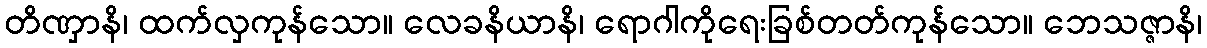
တိဏှာနိ၊ ထက်လှကုန်သော။ လေခနိယာနိ၊ ရောဂါကိုရေးခြစ်တတ်ကုန်သော။ ဘေသဇ္ဇာနိ၊